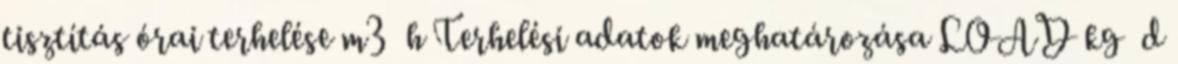
tisztítás órai terhelése m3 h Terhelési adatok meghatározása LOAD kg d